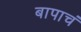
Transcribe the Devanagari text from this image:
बापाचं